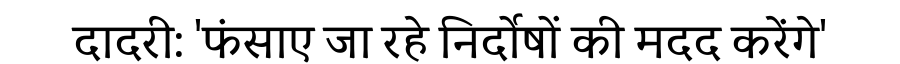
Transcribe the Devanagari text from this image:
दादरी: 'फंसाए जा रहे निर्दोषों की मदद करेंगे'